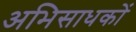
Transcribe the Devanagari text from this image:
अभिसाधकों